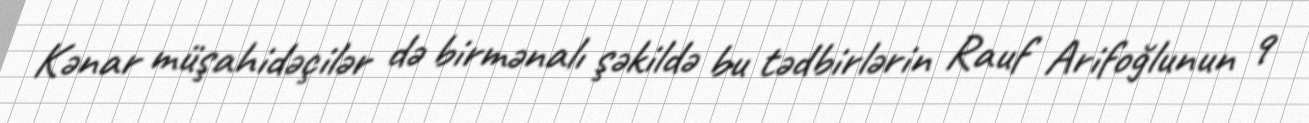
Kənar müşahidəçilər də birmənalı şəkildə bu tədbirlərin Rauf Arifoğlunun 9